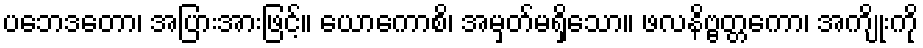
ပဘေဒတော၊ အပြားအားဖြင့်။ ယောကောစိ၊ အမှတ်မရှိသော။ ဖလနိဗ္ဗတ္တကော၊ အကျိုးကို